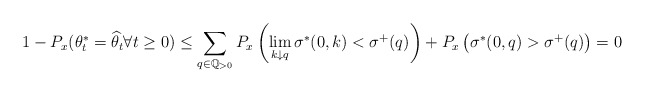
\begin{align*}1-P_x(\theta^*_t =\widehat{\theta}_t \forall t\geq 0) \leq \sum_{q \in \mathbb{Q}_{> 0}} P_x \left( \lim_{k \downarrow q} \sigma^*(0,k)<\sigma^+(q) \right) + P_x \left( \sigma^*(0,q)>\sigma^+(q) \right) =0\end{align*}